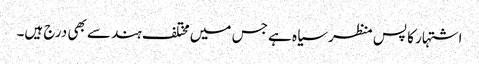
اشتہار کا پس منظر سیاہ ہے جس میں مختلف ہندسے بھی درج ہیں۔